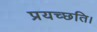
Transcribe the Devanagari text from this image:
प्रयच्छति।